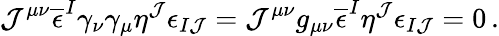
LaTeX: \mathcal{J}^{\mu\nu}\overline{{{{\epsilon}}}}^{I}\gamma_{\nu}\gamma_{\mu}\eta^{\mathcal{J}}\epsilon_{I\mathcal{J}}=\mathcal{J}^{\mu\nu}g_{\mu\nu}\overline{{{{\epsilon}}}}^{I}\eta^{\mathcal{J}}\epsilon_{I\mathcal{J}}=0\, .